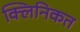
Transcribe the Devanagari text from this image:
क्लिनिकत